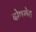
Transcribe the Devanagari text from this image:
दोषभेद